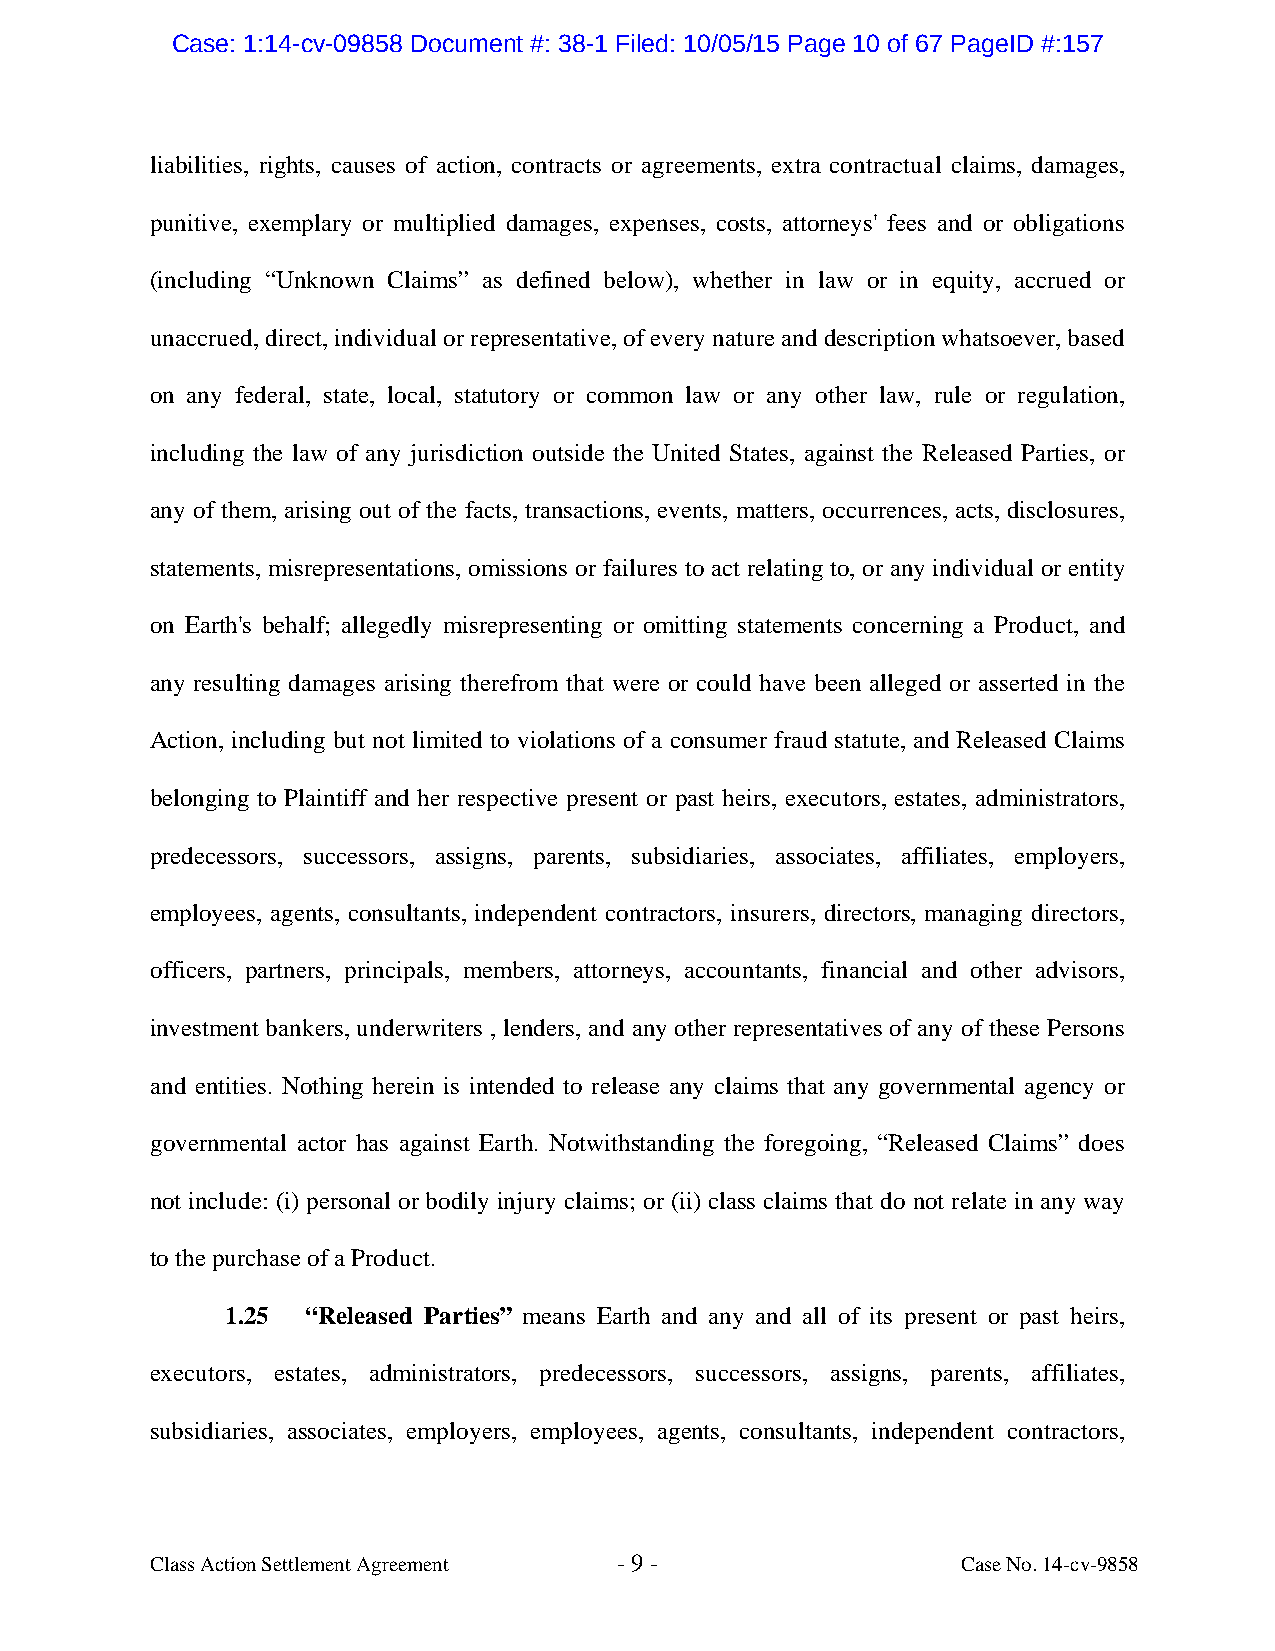
Case: 1:14-cv-09858 Document #: 38-1 Filed: 10/05/15 Page 10 of 67 PageID #:157
 liabilities, rights, causes of action, contracts or agreements, extra contractual claims, damages,
 punitive, exemplary or multiplied damages, expenses, costs, attorneys' fees and or obligations
 (including “Unknown Claims” as defined below), whether in law or in equity, accrued or
 unaccrued, direct, individual or representative, of every nature and description whatsoever, based
 on any federal, state, local, statutory or common law or any other law, rule or regulation,
 including the law of any jurisdiction outside the United States, against the Released Parties, or
 any of them, arising out of the facts, transactions, events, matters, occurrences, acts, disclosures,
 statements, misrepresentations, omissions or failures to act relating to, or any individual or entity
 on Earth's behalf; allegedly misrepresenting or omitting statements concerning a Product, and
 any resulting damages arising therefrom that were or could have been alleged or asserted in the
 Action, including but not limited to violations of a consumer fraud statute, and Released Claims
 belonging to Plaintiff and her respective present or past heirs, executors, estates, administrators,
 predecessors, successors, assigns, parents, subsidiaries, associates, affiliates, employers,
 employees, agents, consultants, independent contractors, insurers, directors, managing directors,
 officers, partners, principals, members, attorneys, accountants, financial and other advisors,
 investment bankers, underwriters , lenders, and any other representatives of any of these Persons
 and entities. Nothing herein is intended to release any claims that any governmental agency or
 governmental actor has against Earth. Notwithstanding the foregoing, “Released Claims” does
 not include: (i) personal or bodily injury claims; or (ii) class claims that do not relate in any way
 to the purchase of a Product.
 1.25 “Released Parties” means Earth and any and all of its present or past heirs,
 executors, estates, administrators, predecessors, successors, assigns, parents, affiliates,
 subsidiaries, associates, employers, employees, agents, consultants, independent contractors,
 Class Action Settlement Agreement - 9 -               Case No. 14-cv-9858